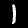
Label: 1